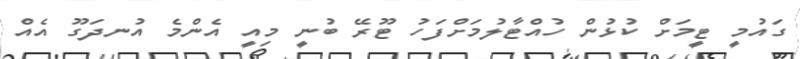
ގައުމީ ޓީމަށް ކުޅުން ހުއްޓާލުމަށްފަހު ޓޫރޭ ބުނީ މިއީ އެންމެ އުނދަގޫ އެއް